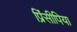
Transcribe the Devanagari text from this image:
प्रिंसीपिया